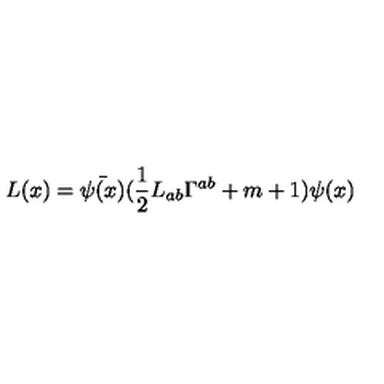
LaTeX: L ( x ) = \bar { \psi ( x ) } ( \frac { 1 } { 2 } L _ { a b } \Gamma ^ { a b } + m + 1 ) \psi ( x )